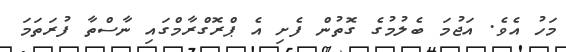
މަހު އެވެ. އަޖުމަ ބެލުމުގެ ގޮތުން ފެށި އެ ޕްރޮގްރާމްގައި ނާސްތާ ފުރަތަމަ